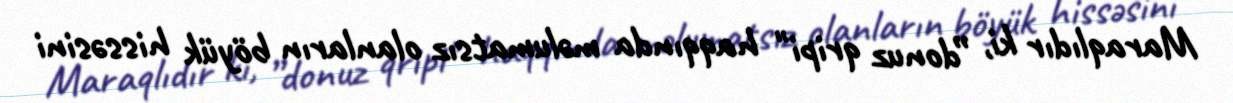
Maraqlıdır ki, ”donuz qripi" haqqında məlumatsız olanların böyük hissəsini